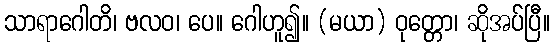
သာရာဂေါတိ၊ ဗလဝ၊ ပေ။ ဂေါဟူ၍။ (မယာ) ဝုတ္တော၊ ဆိုအပ်ပြီ။